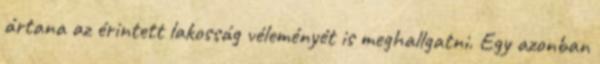
ártana az érintett lakosság véleményét is meghallgatni. Egy azonban